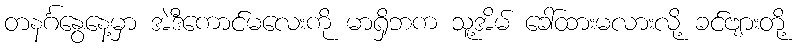
တနင်္ဂနွေနေ့မှာ အဲဒီကောင်မလေးကို မာရှိဘက သူ့အိမ် ခေါ်ထားမလားလို့ ခင်ဗျားတို့